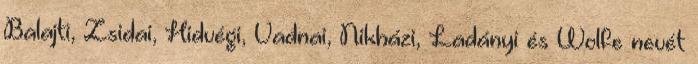
Balajti, Zsidai, Hidvégi, Vadnai, Nikházi, Ladányi és Wolfe nevét